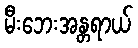
မီးဘေးအန္တရာယ်